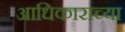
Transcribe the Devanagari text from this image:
आधिकाराच्या